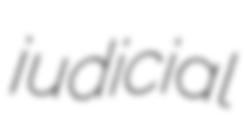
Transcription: judicial